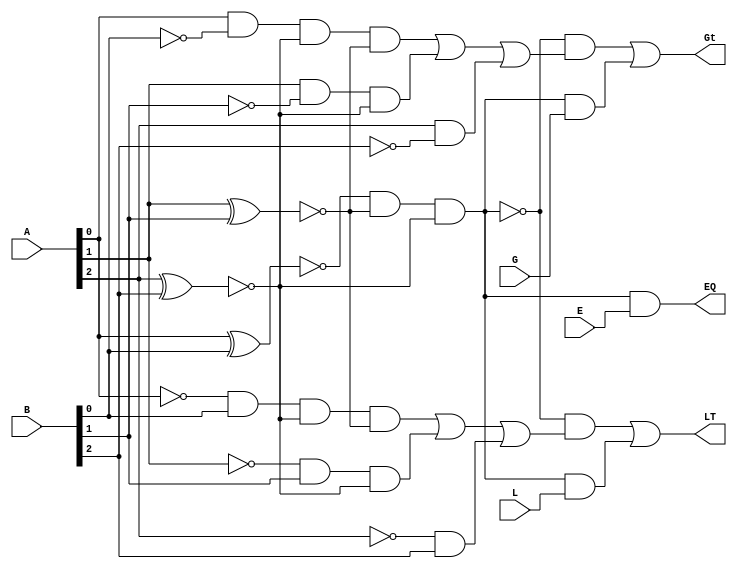
`timescale 1ns / 1ps
/*
**********************************************************
** Logic Design Final Project Fall, 2019 Semester
** Amirkabir University of Technology (Tehran Polytechnic)
** Department of Computer Engineering (CEIT-AUT)
** Logic Circuit Design Laboratory
** https://ceit.aut.ac.ir
**********************************************************
** Student ID: 9731078 (Negin HajiSobhani)
** Student ID: 9731096 (Amirhossein Alibakhshi)
**********************************************************
** Module Name: Comparator3Bit
**********************************************************
** Additional Comments:
	a 3-bit comparator
*/
module Comparator3Bit(
    input [2:0] A,
    input [2:0] B,
    input L,
    input E,
    input G,
    output LT,
    output EQ,
    output Gt);

    wire notA[2:0] , notB[2:0];
    not
        n0(notA[0], A[0]),
        n1(notA[1], A[1]),
        n2(notA[2], A[2]),
        n3(notB[0], B[0]),
        n4(notB[1], B[1]),
        n5(notB[2], B[2]);

    wire eqbit[2:0];
    xnor
        xn0(eqbit[0], A[0], B[0]),
        xn1(eqbit[1], A[1], B[1]),
        xn2(eqbit[2], A[2], B[2]);
    
    wire ltParts[2:0], gtParts[2:0];
    wire isEqu, notisEqu;
	 not n6(notisEqu, isEqu);
	 
    and
        a0(ltParts[0], notA[0], B[0], eqbit[2], eqbit[1]),
        a1(ltParts[1], notA[1], B[1], eqbit[2]),
        a2(ltParts[2], notA[2], B[2]),
        a3(gtParts[0], A[0], notB[0], eqbit[2], eqbit[1]),
        a4(gtParts[1], A[1], notB[1], eqbit[2]),
        a5(gtParts[2], A[2], notB[2]),
        a6(isEqu, eqbit[0], eqbit[1], eqbit[2]);


    // not is eq
    wire gtPreNEqRes, ltPreNEqRes, gtNEqRes, ltNEqRes;
    or
        o0(gtPreNEqRes, gtParts[0], gtParts[1], gtParts[2]),
        o1(ltPreNEqRes, ltParts[0], ltParts[1], ltParts[2]);
    and
        a7(gtNEqRes,notisEqu, gtPreNEqRes),
        a8(ltNEqRes,notisEqu, ltPreNEqRes);

    // is eq
    wire gtEqRes, ltEqRes;
    and
        a9(gtEqRes, isEqu, G),
        a10(ltEqRes, isEqu, L),
        a11(EQ, isEqu, E);
    
    or
        o2(Gt, gtNEqRes, gtEqRes),
        o3(LT, ltNEqRes, ltEqRes);
	
endmodule